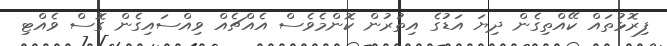
ފިރޮޅުތައް ކޭއްތިގެން ދިޔަ އަޑުގެ އިތުރުން ކޮންމެވެސް އެއްޗެއް ވިއްސައިގެން ގޮސް ވެއްޓި